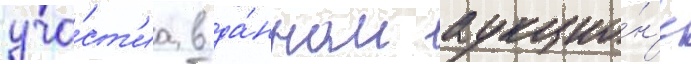
уча́ст'иа в да́нном аукцио́н'е